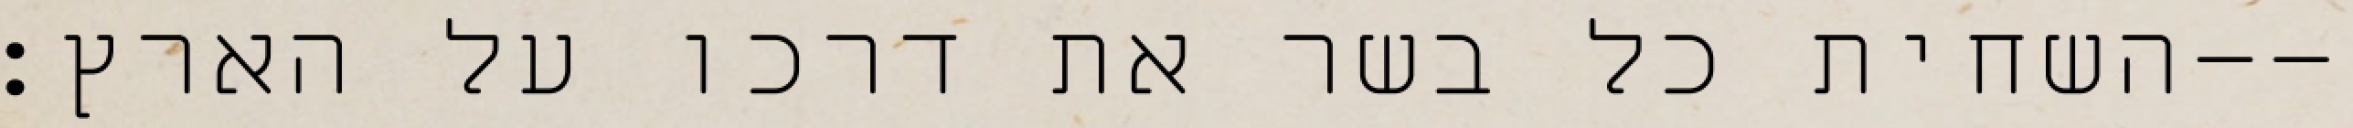
השחית כל בשר את דרכו על הארץ׃--